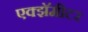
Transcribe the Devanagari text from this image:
एक्झॅमीटर